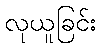
လုယူခြင်း